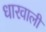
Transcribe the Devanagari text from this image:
धारवाली